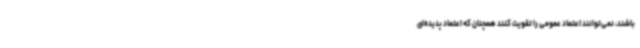
باشند، نمی‌توانند اعتماد عمومی را تقویت کنند همچنان که اعتماد پدیده‌ای